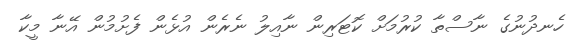
ހެނދުނުގެ ނާސްތާ ކުރުމަށް ކޮޓަރިން ނާއިލު ނެރެން އުޅެން ފެށުމުން އޭނާ މީކާ